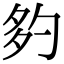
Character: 𡖑